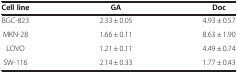
<table><thead><tr><td><b> </b></td><td><b> </b></td><td><b>Cell line</b></td><td><b>GA</b></td><td><b>Doc</b></td></tr></thead><tbody><tr><td> </td><td> </td><td>BGC-823</td><td>2.33 ± 0.05</td><td>4.93 ± 0.57</td></tr><tr><td> </td><td> </td><td>MKN-28</td><td>1.66 ± 0.11</td><td>8.63 ± 1.90</td></tr><tr><td> </td><td> </td><td>LOVO</td><td>1.21 ± 0.11</td><td>4.49 ± 0.74</td></tr><tr><td> </td><td> </td><td>SW-116</td><td>2.14 ± 0.33</td><td>1.77 ± 0.43</td></tr></tbody></table>